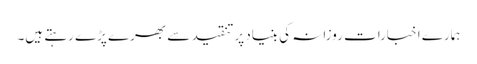
ہمارے اخبارات روزانہ کی بنیاد پرتنقید سے بھرے پڑے رہتے ہیں۔